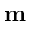
\mathbf { m }